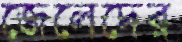
জেলেদের